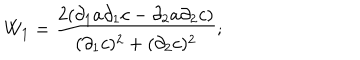
LaTeX: W _ { 1 } = \frac { 2 ( { \partial } _ { 1 } a \partial _ { 1 } c - \partial _ { 2 } a \partial _ { 2 } c ) } { ( { \partial } _ { 1 } c ) ^ { 2 } + ( { \partial } _ { 2 } c ) ^ { 2 } } ;